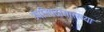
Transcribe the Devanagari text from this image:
उपनिषदांसारख्या